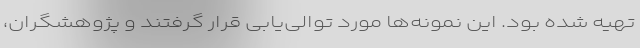
تهیه شده بود. این نمونه‌ها مورد توالی‌یابی قرار گرفتند و پژوهشگران،